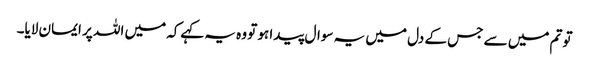
تو تم میں سے جس کے دل میں یہ سوال پیدا ہو تو وہ یہ کہےکہ میں اللہ پر ایمان لایا۔